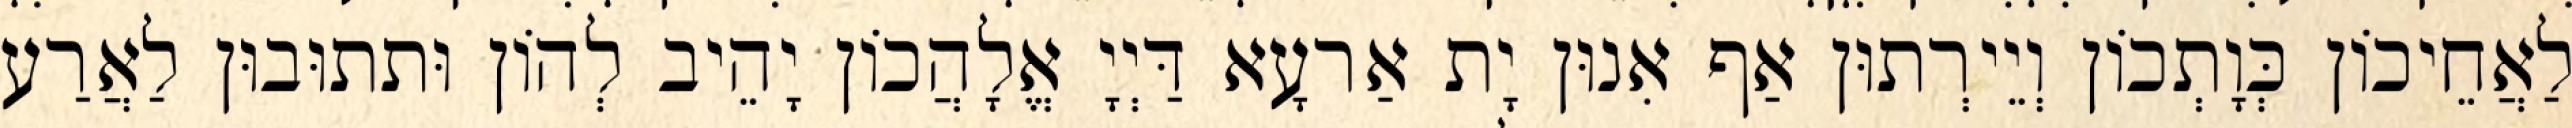
לַאֲחֵיכוֹן כְּוָתְכוֹן וְיֵירְתוּן אַף אִנוּן יָת אַרעָא דַּיְיָ אֱלָהֲכוֹן יָהֵיב לְהוֹן וּתתוּבוּן לַאֲרַע